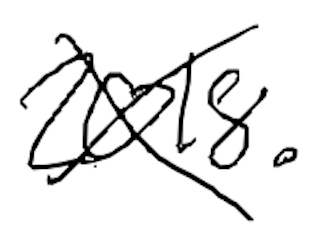
Text: 2018.
Cross-out: cross
Writing tool: digital_black